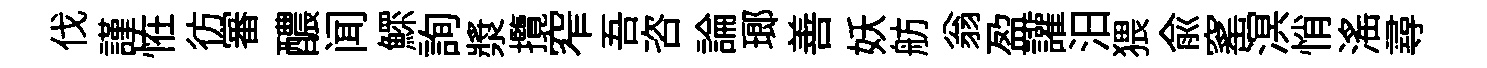
伐謹恠彷審醲闻鰥詢漿攬窄吾咨論瑯善妖舫翁盈讙汨猥兪窰溟悄滛尋